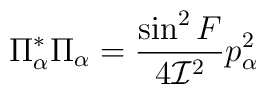
\Pi^{*}_{\alpha}\Pi_{\alpha}=\frac{\sin^{2}F}{4{\cal I}^{2}}p_{\alpha}^{2}